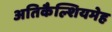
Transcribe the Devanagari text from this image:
अतिकैल्शियमेह